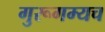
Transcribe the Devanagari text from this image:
गुरूगम्यच